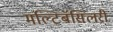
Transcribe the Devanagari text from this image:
मल्टिबॅसिलरी